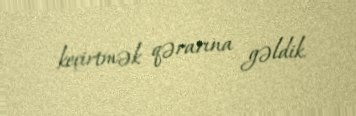
keçirtmək qərarına gəldik.